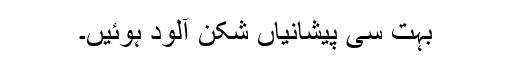
بہت سی پیشانیاں شکن آلود ہوئیں۔